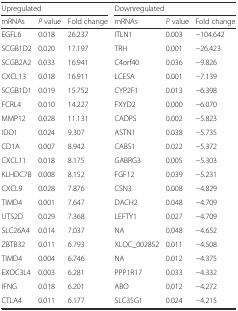
<table><thead><tr><td colspan="3"><b>Upregulated</b></td><td colspan="3"><b>Downregulated</b></td></tr><tr><td><b>mRNAs</b></td><td><b><i>P</i> value</b></td><td><b>Fold change</b></td><td><b>mRNAs</b></td><td><b><i>P</i> value</b></td><td><b>Fold change</b></td></tr></thead><tbody><tr><td>EGFL6</td><td>0.018</td><td>26.237</td><td>ITLN1</td><td>0.003</td><td>−104.642</td></tr><tr><td>SCGB1D2</td><td>0.020</td><td>17.197</td><td>TRH</td><td>0.001</td><td>−26.423</td></tr><tr><td>SCGB2A2</td><td>0.033</td><td>16.941</td><td>C4orf40</td><td>0.036</td><td>−9.826</td></tr><tr><td>CXCL13</td><td>0.018</td><td>16.911</td><td>LCE5A</td><td>0.001</td><td>−7.139</td></tr><tr><td>SCGB1D1</td><td>0.019</td><td>15.752</td><td>CYP2F1</td><td>0.013</td><td>−6.398</td></tr><tr><td>FCRL4</td><td>0.010</td><td>14.227</td><td>FXYD2</td><td>0.000</td><td>−6.070</td></tr><tr><td>MMP12</td><td>0.028</td><td>11.131</td><td>CADPS</td><td>0.002</td><td>−5.823</td></tr><tr><td>IDO1</td><td>0.024</td><td>9.307</td><td>ASTN1</td><td>0.038</td><td>−5.735</td></tr><tr><td>CD1A</td><td>0.007</td><td>8.942</td><td>CABS1</td><td>0.022</td><td>−5.372</td></tr><tr><td>CXCL11</td><td>0.018</td><td>8.175</td><td>GABRG3</td><td>0.005</td><td>−5.303</td></tr><tr><td>KLHDC7B</td><td>0.008</td><td>8.152</td><td>FGF12</td><td>0.039</td><td>−5.231</td></tr><tr><td>CXCL9</td><td>0.028</td><td>7.876</td><td>CSN3</td><td>0.008</td><td>−4.829</td></tr><tr><td>TIMD4</td><td>0.001</td><td>7.647</td><td>DACH2</td><td>0.048</td><td>−4.709</td></tr><tr><td>UTS2D</td><td>0.029</td><td>7.368</td><td>LEFTY1</td><td>0.027</td><td>−4.709</td></tr><tr><td>SLC26A4</td><td>0.014</td><td>7.037</td><td>NA</td><td>0.048</td><td>−4.652</td></tr><tr><td>ZBTB32</td><td>0.011</td><td>6.793</td><td>XLOC_002852</td><td>0.011</td><td>−4.508</td></tr><tr><td>TIMD4</td><td>0.004</td><td>6.746</td><td>NA</td><td>0.012</td><td>−4.375</td></tr><tr><td>EXOC3L4</td><td>0.003</td><td>6.281</td><td>PPP1R17</td><td>0.033</td><td>−4.332</td></tr><tr><td>IFNG</td><td>0.018</td><td>6.201</td><td>ABO</td><td>0.012</td><td>−4.272</td></tr><tr><td>CTLA4</td><td>0.011</td><td>6.177</td><td>SLC35G1</td><td>0.024</td><td>−4.215</td></tr></tbody></table>